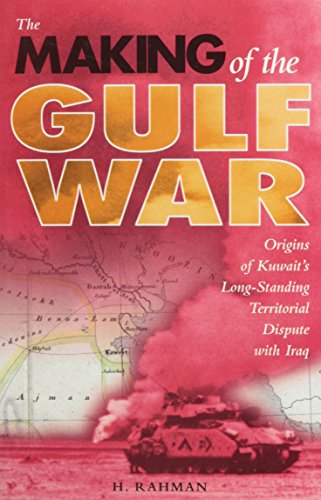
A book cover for Making of the Gulf War: Origins of Kuwait's Long-Standing Territorial Disp; H. Rahman Dr; History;